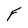
Character: F